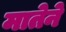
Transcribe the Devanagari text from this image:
मातेने